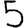
Digit: 5